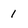
Character: 1